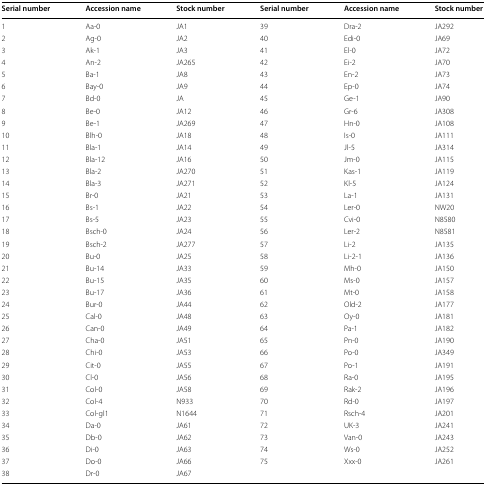
<table><thead><tr><td><b>Serial number</b></td><td><b>Accession name</b></td><td><b>Stock number</b></td><td><b>Serial number</b></td><td><b>Accession name</b></td><td><b>Stock number</b></td></tr></thead><tbody><tr><td>1</td><td>Aa-0</td><td>JA1</td><td>39</td><td>Dra-2</td><td>JA292</td></tr><tr><td>2</td><td>Ag-0</td><td>JA2</td><td>40</td><td>Edi-0</td><td>JA69</td></tr><tr><td>3</td><td>Ak-1</td><td>JA3</td><td>41</td><td>El-0</td><td>JA72</td></tr><tr><td>4</td><td>An-2</td><td>JA265</td><td>42</td><td>Ei-2</td><td>JA70</td></tr><tr><td>5</td><td>Ba-1</td><td>JA8</td><td>43</td><td>En-2</td><td>JA73</td></tr><tr><td>6</td><td>Bay-0</td><td>JA9</td><td>44</td><td>Ep-0</td><td>JA74</td></tr><tr><td>7</td><td>Bd-0</td><td>JA</td><td>45</td><td>Ge-1</td><td>JA90</td></tr><tr><td>8</td><td>Be-0</td><td>JA12</td><td>46</td><td>Gr-6</td><td>JA308</td></tr><tr><td>9</td><td>Be-1</td><td>JA269</td><td>47</td><td>Hn-0</td><td>JA108</td></tr><tr><td>10</td><td>Blh-0</td><td>JA18</td><td>48</td><td>Is-0</td><td>JA111</td></tr><tr><td>11</td><td>Bla-1</td><td>JA14</td><td>49</td><td>Jl-5</td><td>JA314</td></tr><tr><td>12</td><td>Bla-12</td><td>JA16</td><td>50</td><td>Jm-0</td><td>JA115</td></tr><tr><td>13</td><td>Bla-2</td><td>JA270</td><td>51</td><td>Kas-1</td><td>JA119</td></tr><tr><td>14</td><td>Bla-3</td><td>JA271</td><td>52</td><td>Kl-5</td><td>JA124</td></tr><tr><td>15</td><td>Br-0</td><td>JA21</td><td>53</td><td>La-1</td><td>JA131</td></tr><tr><td>16</td><td>Bs-1</td><td>JA22</td><td>54</td><td>Ler-0</td><td>NW20</td></tr><tr><td>17</td><td>Bs-5</td><td>JA23</td><td>55</td><td>Cvi-0</td><td>N8580</td></tr><tr><td>18</td><td>Bsch-0</td><td>JA24</td><td>56</td><td>Ler-2</td><td>N8581</td></tr><tr><td>19</td><td>Bsch-2</td><td>JA277</td><td>57</td><td>Li-2</td><td>JA135</td></tr><tr><td>20</td><td>Bu-0</td><td>JA25</td><td>58</td><td>Li-2-1</td><td>JA136</td></tr><tr><td>21</td><td>Bu-14</td><td>JA33</td><td>59</td><td>Mh-0</td><td>JA150</td></tr><tr><td>22</td><td>Bu-15</td><td>JA35</td><td>60</td><td>Ms-0</td><td>JA157</td></tr><tr><td>23</td><td>Bu-17</td><td>JA36</td><td>61</td><td>Mt-0</td><td>JA158</td></tr><tr><td>24</td><td>Bur-0</td><td>JA44</td><td>62</td><td>Old-2</td><td>JA177</td></tr><tr><td>25</td><td>Cal-0</td><td>JA48</td><td>63</td><td>Oy-0</td><td>JA181</td></tr><tr><td>26</td><td>Can-0</td><td>JA49</td><td>64</td><td>Pa-1</td><td>JA182</td></tr><tr><td>27</td><td>Cha-0</td><td>JA51</td><td>65</td><td>Pn-0</td><td>JA190</td></tr><tr><td>28</td><td>Chi-0</td><td>JA53</td><td>66</td><td>Po-0</td><td>JA349</td></tr><tr><td>29</td><td>Cit-0</td><td>JA55</td><td>67</td><td>Po-1</td><td>JA191</td></tr><tr><td>30</td><td>Cl-0</td><td>JA56</td><td>68</td><td>Ra-0</td><td>JA195</td></tr><tr><td>31</td><td>Col-0</td><td>JA58</td><td>69</td><td>Rak-2</td><td>JA196</td></tr><tr><td>32</td><td>Col-4</td><td>N933</td><td>70</td><td>Rd-0</td><td>JA197</td></tr><tr><td>33</td><td>Col-gl1</td><td>N1644</td><td>71</td><td>Rsch-4</td><td>JA201</td></tr><tr><td>34</td><td>Da-0</td><td>JA61</td><td>72</td><td>UK-3</td><td>JA241</td></tr><tr><td>35</td><td>Db-0</td><td>JA62</td><td>73</td><td>Van-0</td><td>JA243</td></tr><tr><td>36</td><td>Di-0</td><td>JA63</td><td>74</td><td>Ws-0</td><td>JA252</td></tr><tr><td>37</td><td>Do-0</td><td>JA66</td><td rowspan="2">75</td><td rowspan="2">Xxx-0</td><td rowspan="2">JA261</td></tr><tr><td>38</td><td>Dr-0</td><td>JA67</td></tr></tbody></table>